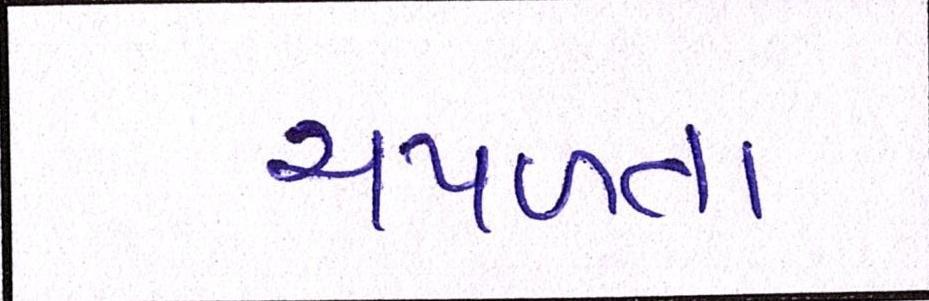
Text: ચપળતા